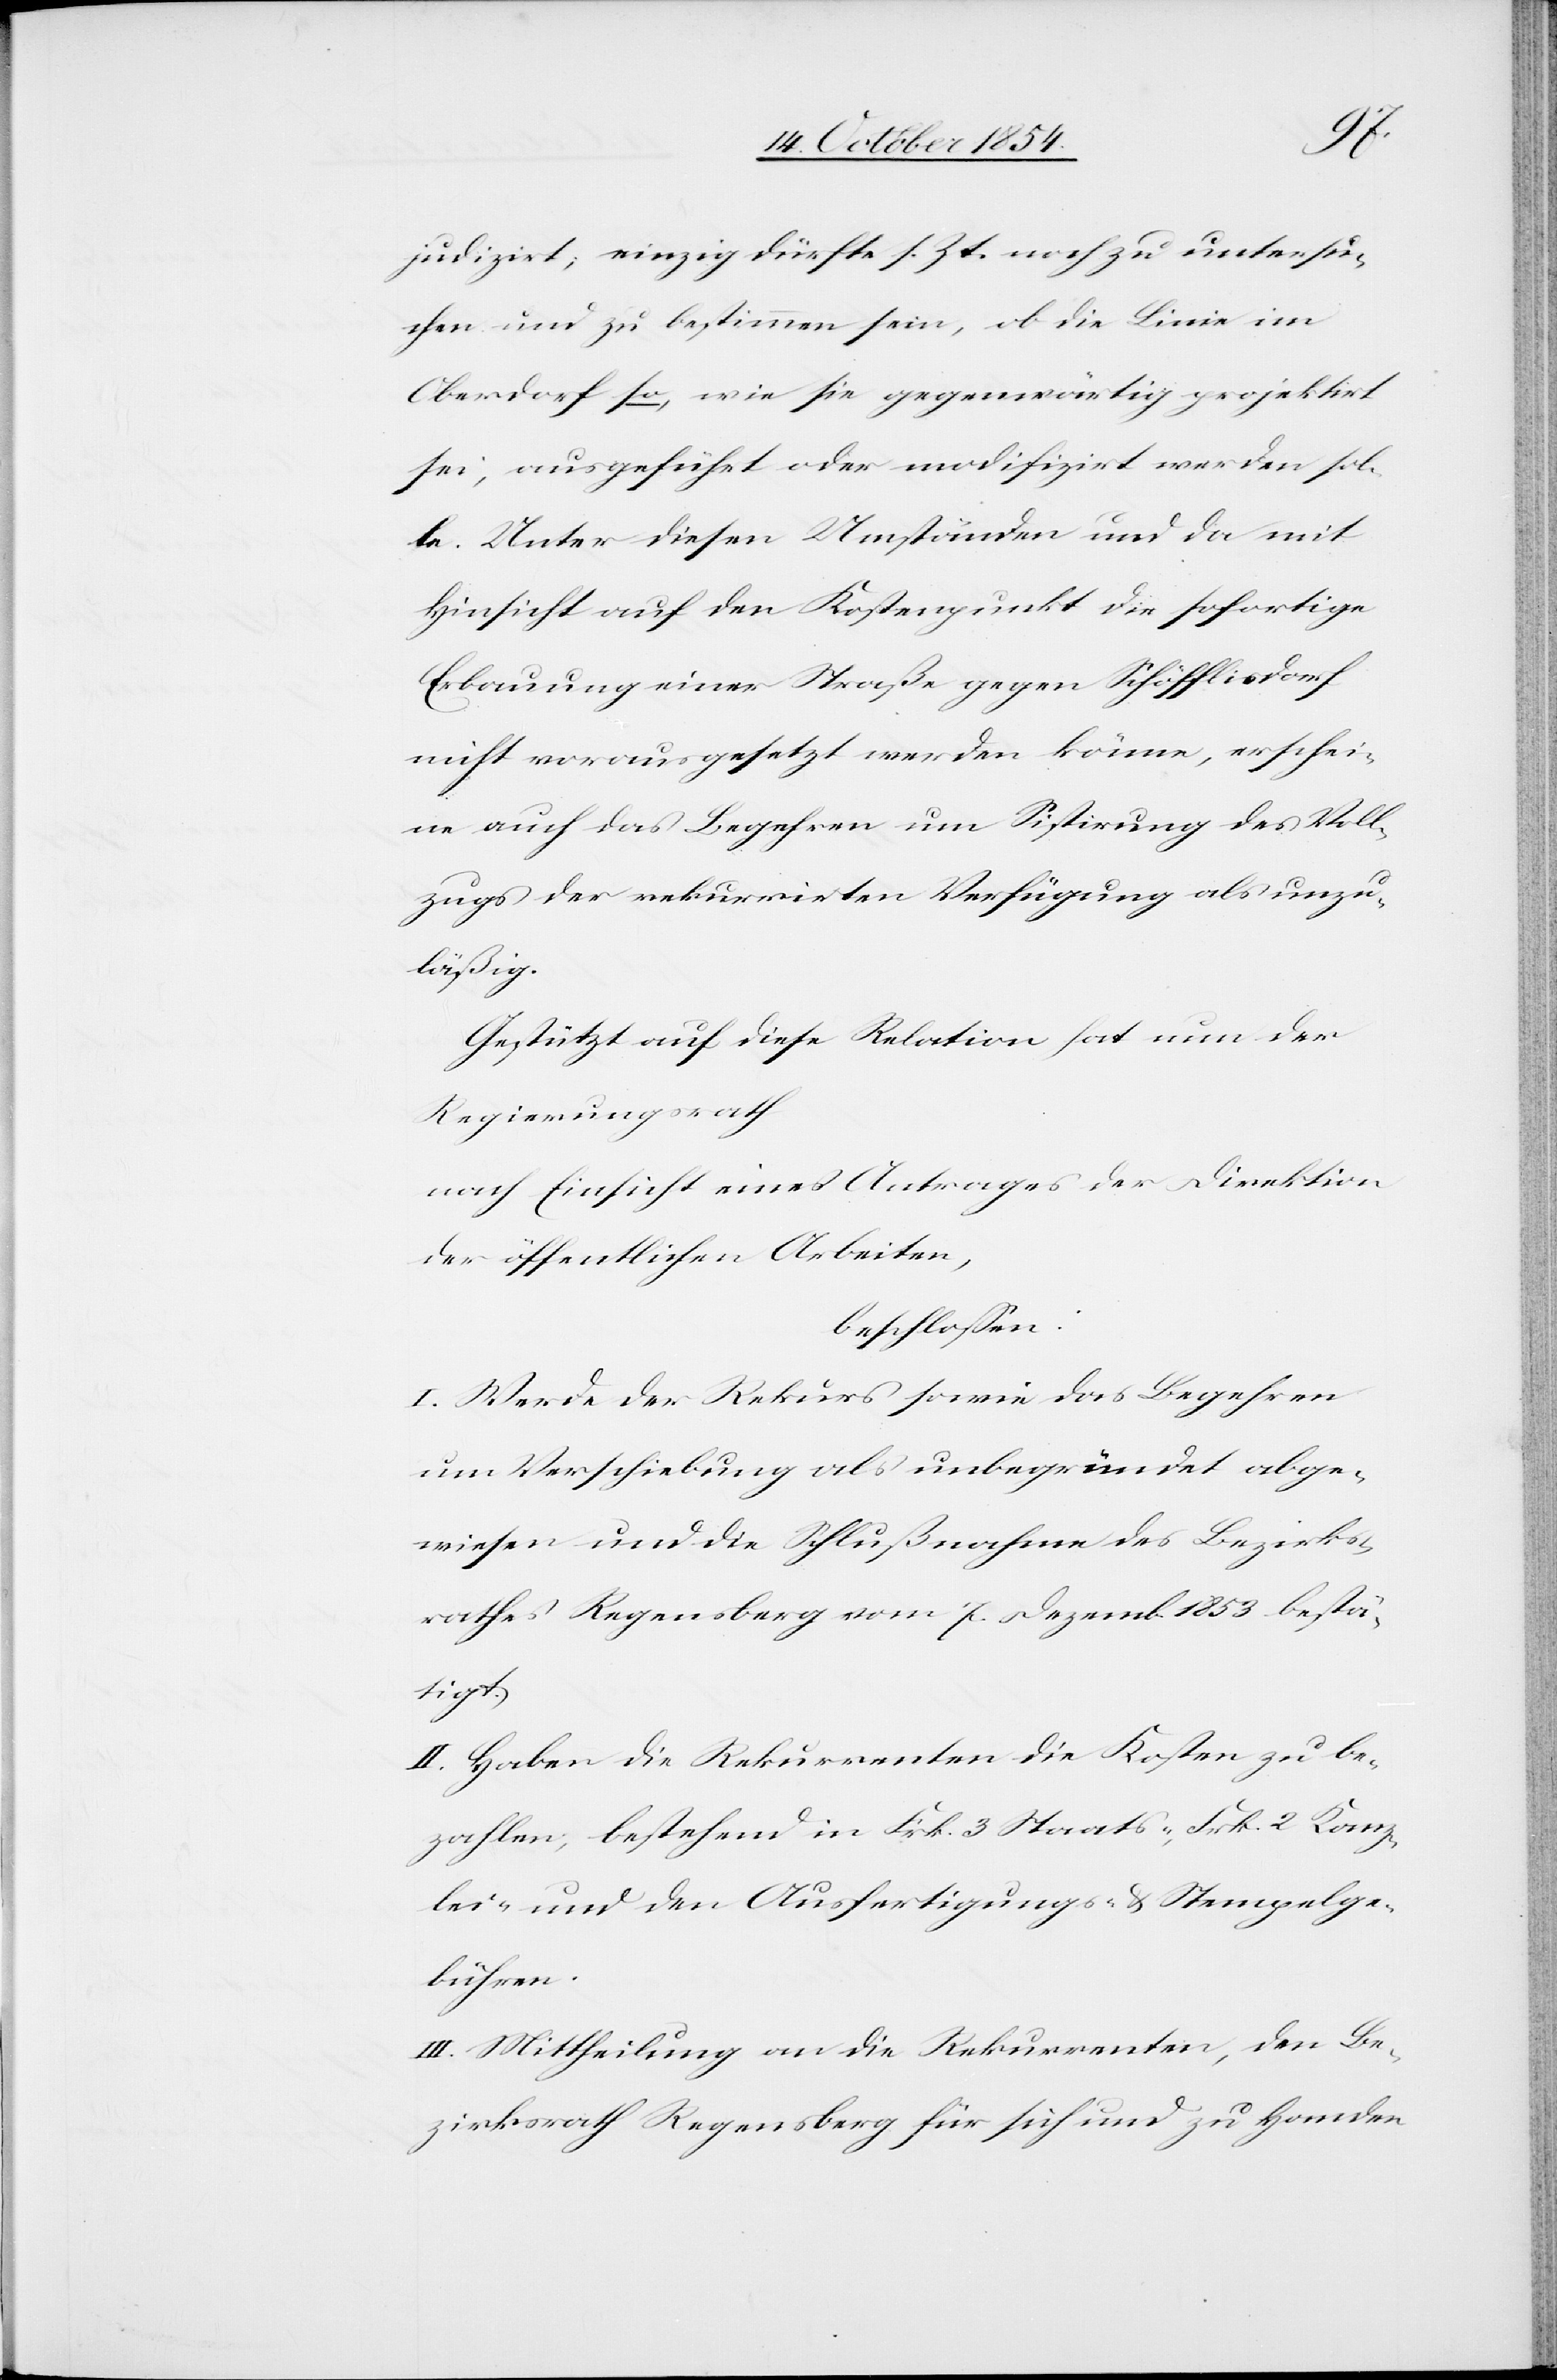
judizirt; einzig dürfte s. Zt. noch zu untersu¬
chen und zu bestimmen sein, ob die Linie im
Oberdorf so, wie sie gegenwärtig projektirt
sei, ausgeführt oder modifizirt werden sol¬
le. Unter diesen Umständen und da mit
Hinsicht auf den Kostenpunkt die sofortige
Erbauung einer Straße gegen Schöfflisdorf
nicht vorausgesetzt werden könne, erschei¬
ne auch das Begehren um Sistirung des Voll¬
zugs der rekurrirten Verfügung als unzu¬
läßig.
Gestützt auf diese Relation hat nun der
Regierungsrath
nach Einsicht eines Antrages der Direktion
der öffentlichen Arbeiten
beschloßen:
I. Werde der Rekurs sowie das Begehren
um Verschiebung als unbegründet abge¬
wiesen und die Schlußnahme des Bezirks¬
rathes Regensberg vom 7. Dezemb. 1853 bestä¬
tigt.
II. Haben die Rekurrenten die Kosten zu be¬
zahlen; bestehend in Frk. 3 Staats-, Frk. 2 Kanz¬
lei- und den Ausfertigungs- & Stempelge¬
bühren.
III. Mittheilung an die Rekurrenten, den Be¬
zirksrath Regensberg für sich und zu Handen